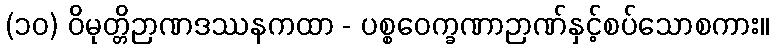
(၁၀) ဝိမုတ္တိဉာဏဒဿနကထာ - ပစ္စဝေက္ခဏာဉာဏ်နှင့်စပ်သောစကား။